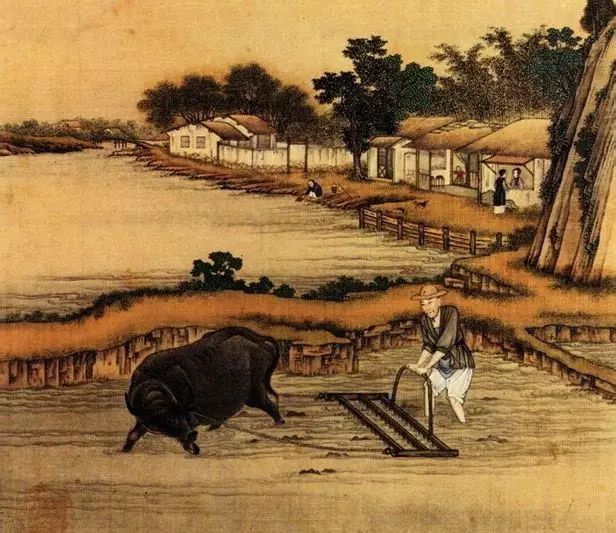
田家几日闲，耕种从此起。